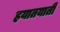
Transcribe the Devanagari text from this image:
हयातयाती